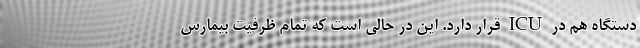
دستگاه‌ هم در ICU قرار دارد. این در حالی است که تمام ظرفیت بیمارس